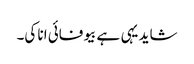
شاید یہی ہے بیوفائی انا کی۔